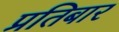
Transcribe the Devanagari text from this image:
प्रतिबार